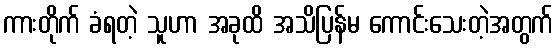
ကားတိုက် ခံရတဲ့ သူဟာ အခုထိ အသိပြန်မ ကောင်းသေးတဲ့အတွက်